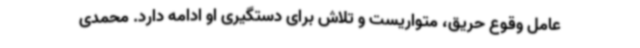
عامل وقوع حریق، متواریست و تلاش برای دستگیری او ادامه دارد. محمدی